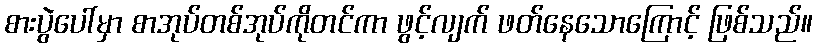
စားပွဲပေါ်မှာ စာအုပ်တစ်အုပ်ကိုတင်ကာ ဖွင့်လျက် ဖတ်နေသောကြောင့် ဖြစ်သည်။